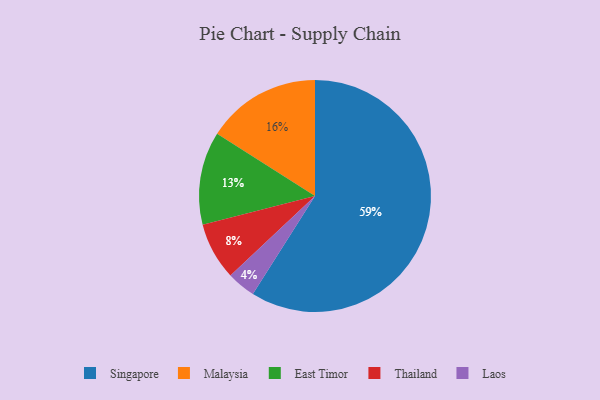
{"axis": {"x": "Category", "y": "Percentage"}, "legend": ["East Timor", "Laos", "Malaysia", "Singapore", "Thailand"], "data": [{"x": "Malaysia", "y": 16, "type": "Malaysia"}, {"x": "East Timor", "y": 13, "type": "East Timor"}, {"x": "Laos", "y": 4, "type": "Laos"}, {"x": "Singapore", "y": 59, "type": "Singapore"}, {"x": "Thailand", "y": 8, "type": "Thailand"}]}